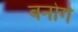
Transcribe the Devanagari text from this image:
बनोगे